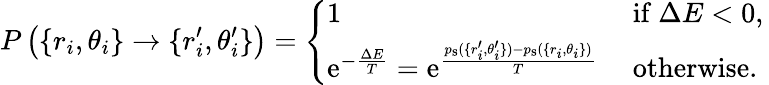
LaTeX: P\left(\{ r_{i},\theta_{i}\} \rightarrow\{ r_{i}^{\prime},\theta_{i}^{\prime}\} \right)=\left\lbrace\begin{array}{ll}{1}&{\mathrm{~if~}\Delta E<0,}\\ {{\mathrm e}^{-\frac{\Delta E}{T}}={\mathrm e}^{\frac{p_{\mathrm{s}}(\{ r_{i}^{\prime},\theta_{i}^{\prime}\} )-p_{\mathrm{s}}(\{ r_{i},\theta_{i}\} )}{T}}}&{\mathrm{~otherwise.~}}\end{array}\right.